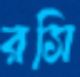
রসি